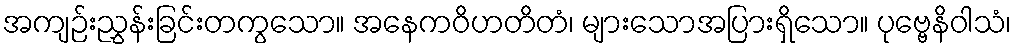
အကျဉ်းညွှန်းခြင်းတကွသော။ အနေကဝိဟတိတံ၊ များသောအပြားရှိသော။ ပုဗ္ဗေနိဝါသံ၊